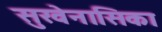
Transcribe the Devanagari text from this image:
सुखेनासिका